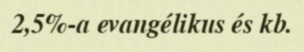
2,5%-a evangélikus és kb.